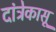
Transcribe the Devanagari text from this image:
दांत्रेकासू